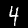
Digit: 4